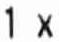
1 X